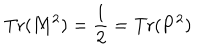
\mathrm { T r } ( { \bf M } ^ { 2 } ) = { \frac { 1 } { 2 } } = \mathrm { T r } ( { \bf P } ^ { 2 } ) \,